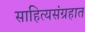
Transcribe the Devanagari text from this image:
साहित्यसंग्रहात